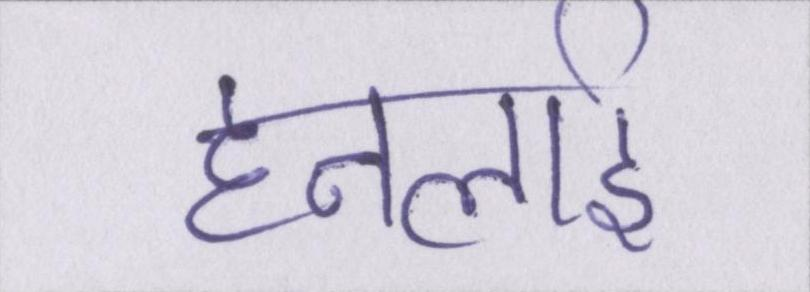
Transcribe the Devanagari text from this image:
हनलाई